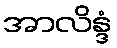
အာလိန္ဒံ